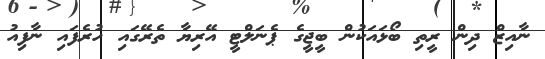
ނާއިޒް ދިން ރީތި ބޯޅައަކުން ބީޖީގެ ޕެނަލްޓީ އޭރިޔާ ތެރޭގައި ހުރެފައި ނާފިއު